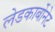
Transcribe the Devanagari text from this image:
लेडकार्बोनेट